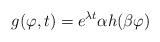
LaTeX: \begin{align*}g(\varphi,t)=e^{\lambda t}\alpha h(\beta \varphi)\end{align*}